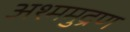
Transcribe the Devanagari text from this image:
अश्ममुद्रण